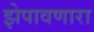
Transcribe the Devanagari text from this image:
झेपावणारा